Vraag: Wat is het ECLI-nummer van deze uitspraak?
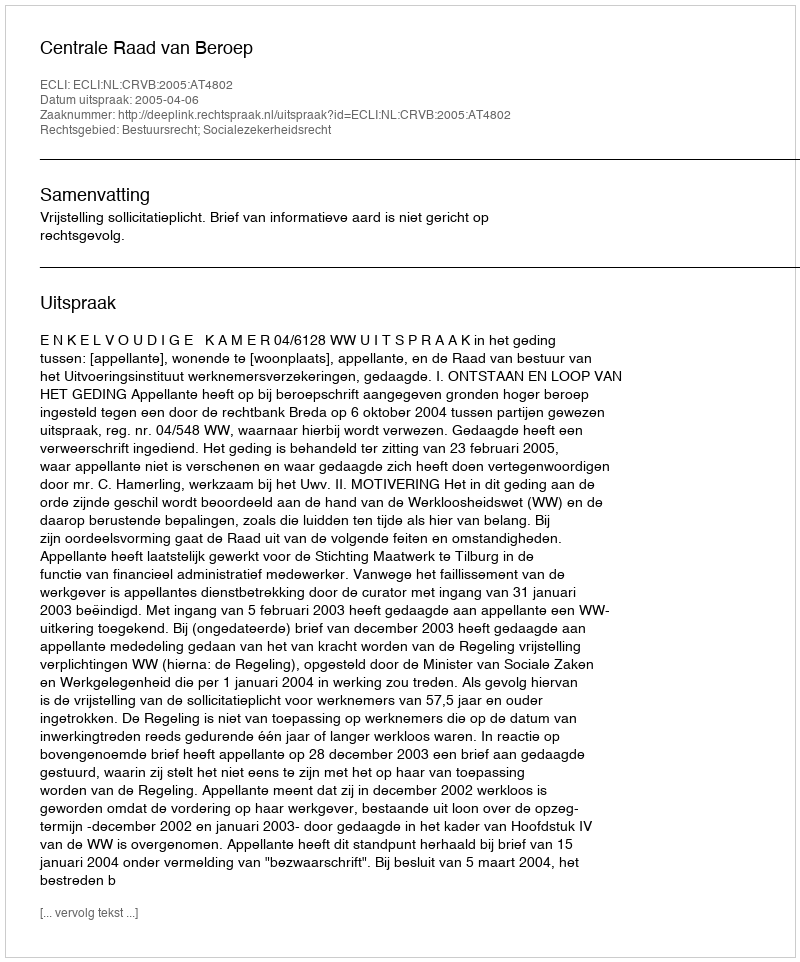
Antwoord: ECLI:NL:CRVB:2005:AT4802